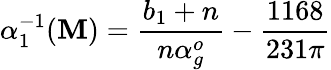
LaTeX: \alpha_{1}^{-1}(\mathbf{M})=\frac{{b_{1}+n}}{{n\alpha_{g}^{o}}}-\frac{{1168}}{{231\pi}}